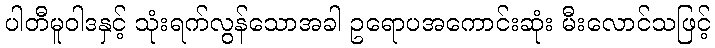
ပါတီမူဝါဒနှင့် သုံးရက်လွန်သောအခါ ဥရောပအကောင်းဆုံး မီးလောင်သဖြင့်